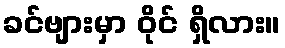
ခင်ဗျားမှာ ဝိုင် ရှိလား။